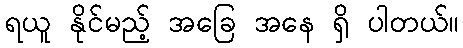
ရယူ နိုင်မည့် အခြေ အနေ ရှိ ပါတယ်။